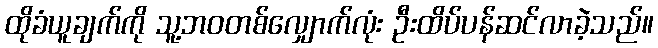
ထိုခံယူချက်ကို သူ့ဘဝတစ်လျှောက်လုံး ဦးထိပ်ပန်ဆင်လာခဲ့သည်။